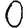
Digit: 0